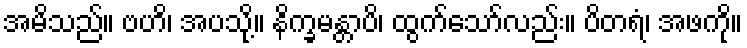
အမိသည်။ ဗဟိ၊ အပသို့။ နိက္ခမန္တာပိ၊ ထွက်သော်လည်း။ ပိတရံ၊ အဖကို။